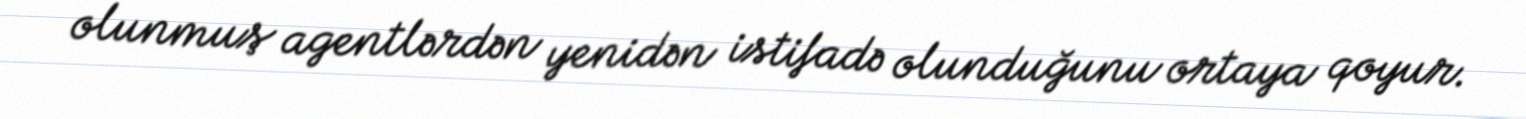
olunmuş agentlərdən yenidən istifadə olunduğunu ortaya qoyur.